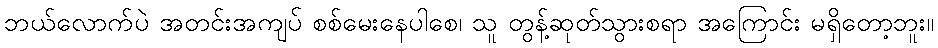
ဘယ်လောက်ပဲ အတင်းအကျပ် စစ်မေးနေပါစေ၊ သူ တွန့်ဆုတ်သွားစရာ အကြောင်း မရှိတော့ဘူး။